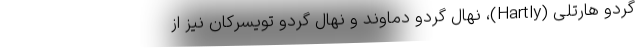
گردو هارتلی (Hartly)، نهال گردو دماوند و نهال گردو تویسرکان نیز از